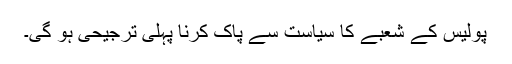
پولیس کے شعبے کا سیاست سے پاک کرنا پہلی ترجیحی ہو گی۔